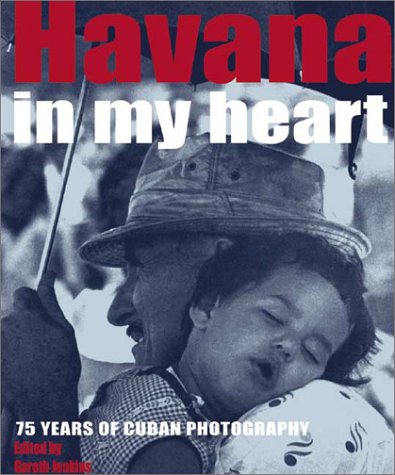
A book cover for Havana in My Heart: 75 Years of Cuban Photography; Arts & Photography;